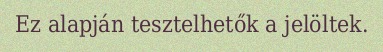
Ez alapján tesztelhetők a jelöltek.